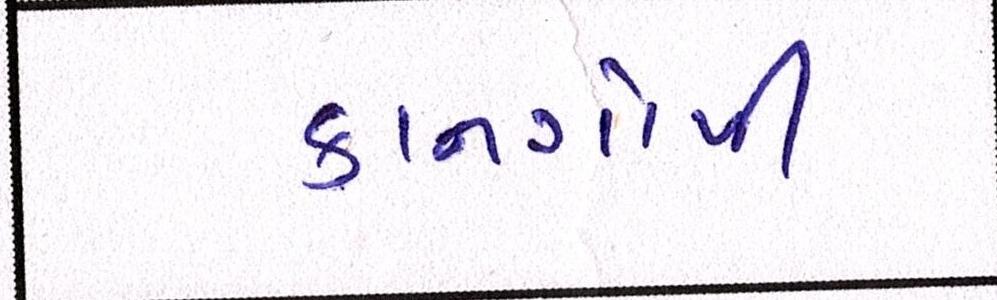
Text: કાનગોપી